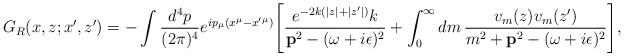
LaTeX: \begin{align*}G_R(x,z;x',z')=-\int \frac{d^4 p}{(2\pi)^4}e^{ip_{\mu}(x^{\mu}-x'{}^{\mu})}\Biggl[\frac{e^{-2k(|z|+|z'|)} k}{ {\bf p}^2-(\omega+i\epsilon)^2}+\int_0^{\infty} dm\, \frac{v_m(z) v_m(z')}{ m^2+{\bf p}^2-(\omega+i\epsilon)^2}\Biggr],\end{align*}